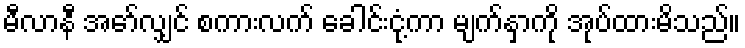
မီလာနီ အော်လျှင် စကားလက် ခေါင်းငုံ့ကာ မျက်နှာကို အုပ်ထားမိသည်။